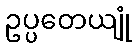
ဥပ္ပတေယျုံ